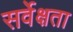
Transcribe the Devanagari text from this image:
सर्वेक्षता